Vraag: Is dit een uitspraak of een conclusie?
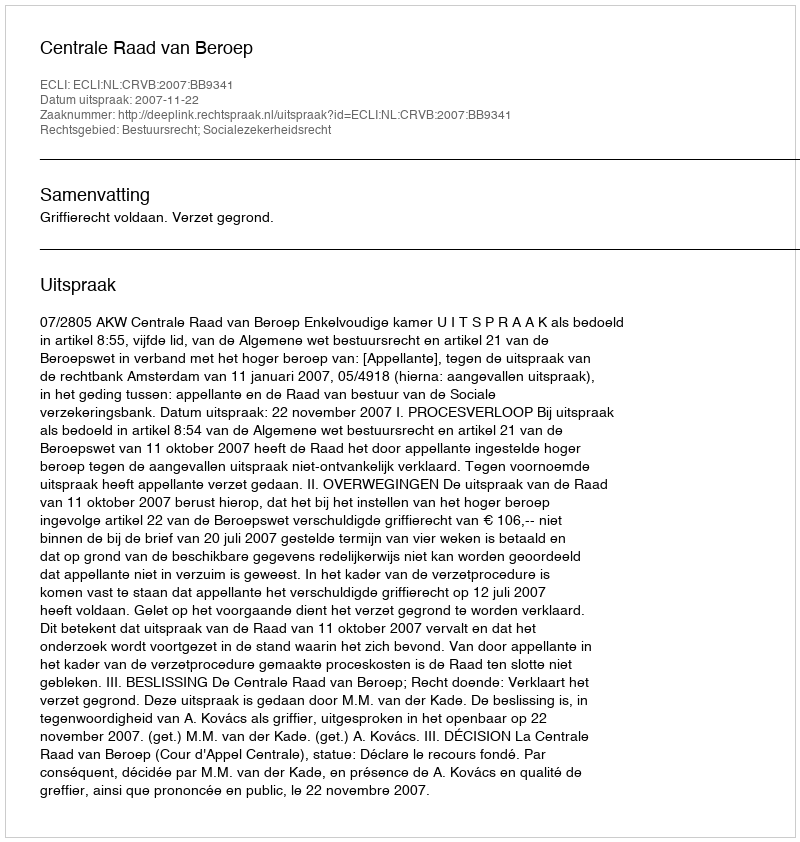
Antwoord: Uitspraak